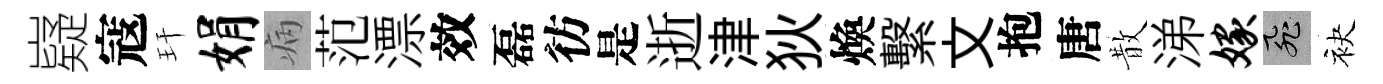
嶷寇玕娟病范漂效磊彷是逝津狄煥繫文抱唐散涕嫁飛袂